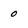
Character: o